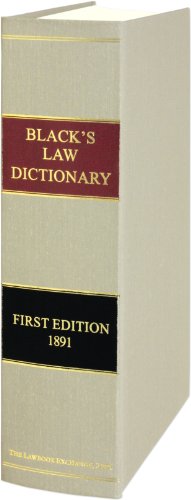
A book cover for Black's Law Dictionary, 1st Edition; Henry C. Black; Law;